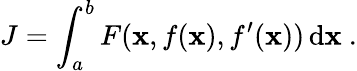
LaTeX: J=\int_{a}^{b}F(\mathbf{x},f(\mathbf{x}),f^{\prime}(\mathbf{x}))\, \mathrm{{d}}\mathbf{x}\ .